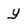
Character: y